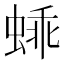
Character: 𬠕